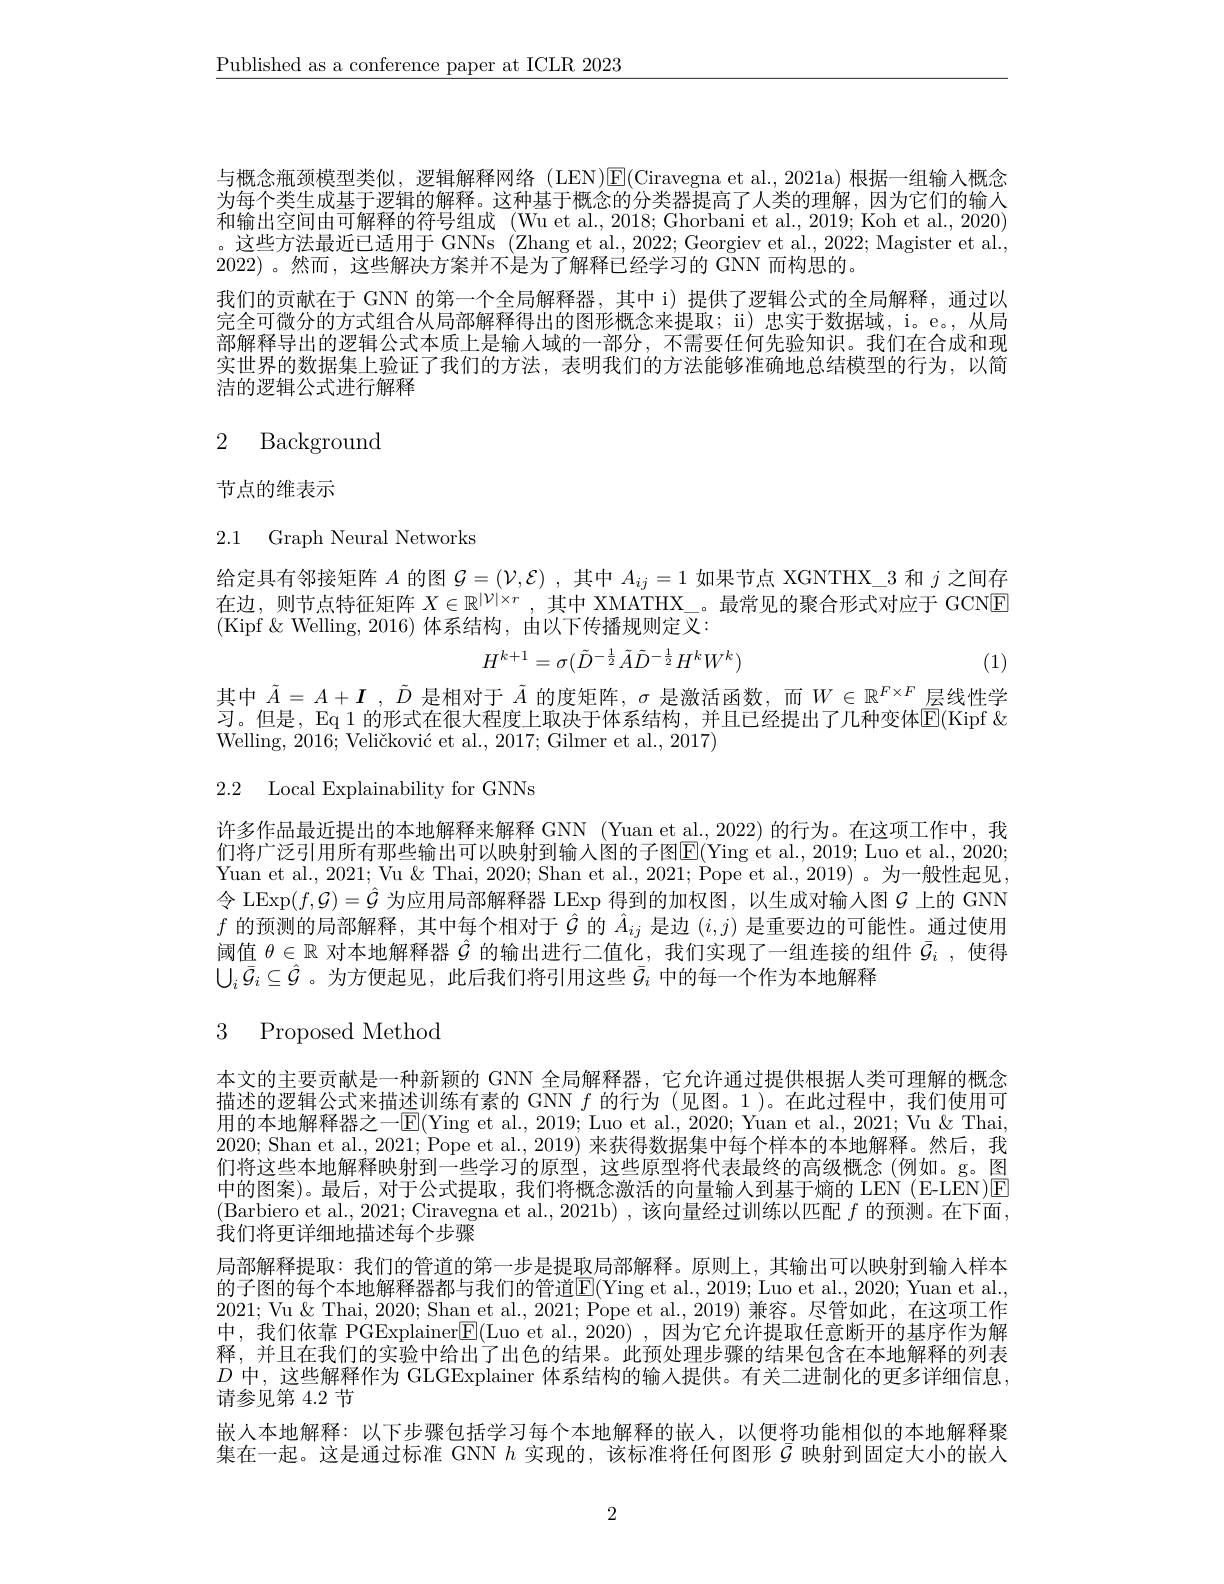
$\underline{\text{Published as a conference paper at ICLR 2023}}$

与概念瓶颈模型类似，逻辑解释网络(LEN)E(Ciravegna et al.,2021a)根据一组输入概念为每个类生成基于逻辑的解释。这种基于概念的分类器提高了人类的理解，因为它们的输入和输出空间由可解释的符号组成 (Wu et al., 2018; Ghorbani et al., 2019; Koh et al., 2020) 。这些方法最近已适用于 GNNs (Zhang et al., 2022; Georgiev et al., 2022; Magister et al., 2022) 。然而，这些解决方案并不是为了解释已经学习的 GNN 而构思的。
我们的贡献在于 GNN 的第一个全局解释器，其中 i) 提供了逻辑公式的全局解释，通过以完全可微分的方式组合从局部解释得出的图形概念来提取；ii) 忠实于数据域，i。e。,从局部解释导出的逻辑公式本质上是输人域的一部分，不需要任何先验知识。我们在合成和现实世界的数据集上验证了我们的方法，表明我们的方法能够准确地总结模型的行为，以简洁的逻辑公式进行解释

# 2 Background

# 节点的维表示

# 2.1 Graph Neural Networks

给定具有邻接矩阵$A$的图$\mathcal{G}=(\mathcal{V},\mathcal{E})$ ,其中$A_ij=1$如果节点 XGNTHX\_3 和$j$之间存在边，则节点特征矩阵$X\in\mathbb{R}^{|\mathcal{V}|\times r}$ ,其中 XMATHX\_。最常见的聚合形式对应于 GCNE (Kipf $\&$ Welling,2016)体系结构，由以下传播规则定义：
$$H^{k+1}=\sigma(\tilde{D}^{-\frac{1}{2}}\tilde{A}\tilde{D}^{-\frac{1}{2}}H^{k}W^{k})$$
(1)

其中$\tilde{A} = A+ \boldsymbol{I}$ $, \tilde{D}$是相对于$\tilde{A}$的度矩阵，$\sigma$是激活函数，而$W\in\mathbb{R}^F\times F$层线性学习。但是，Eq 1 的形式在很大程度上取决于体系结构，并且已经提出了几种变体$\mathbb{E}($Kipf & Welling, 2016; Veličković et al., 2017; Gilmer et al., 2017)

2.2 Local Explainability for GNNs

许多作品最近提出的本地解释来解释 GNN (Yuan et al.,2022) 的行为。在这项工作中，我们将广泛引用所有那些输出可以映射到输入图的子图E(Ying et al., 2019; Luo et al., 2020; Yuan et al., 2021; Vu & Thai, 2020; Shan et al., 2021; Pope et al., 2019) 。为一般性起见， 令 LExp$(f,\mathcal{G})=\hat{\mathcal{G}}$ 为应用局部解释器 LExp 得到的加权图，以生成对输入图$\mathcal{G}$ 上的 GNN $f$的预测的局部解释，其中每个相对于$\hat{\mathcal{G}}$的$\hat{A}_{ij}$是边$(i,j)$是重要边的可能性。通过使用阈值$\theta\in\mathbb{R}$对本地解释器$\hat{\mathcal{G}}$的输出进行二值化，我们实现了一组连接的组件$\bar{\mathcal{G}}_i$ ,使得$\bigcup_i\bar{\mathcal{G}}_i\subseteq\hat{\mathcal{G}}$ 。为方便起见，此后我们将引用这些$\bar{\mathcal{G}}_i$中的每一个作为本地解释

# 3 Proposed Method

本文的主要贡献是一种新颖的 GNN 全局解释器，它允许通过提供根据人类可理解的概念描述的逻辑公式来描述训练有素的 GNN $f$的行为 (见图。1)。在此过程中，我们使用可用的本地解释器之一$\overline{\mathbb{E}}($Ying et al., 2019; Luo et al., 2020; Yuan et al., 2021; Vu & Thai, 2020; Shan et al., 2021; Pope et al., 2019) 来获得数据集中每个样本的本地解释。然后，我们将这些本地解释映射到一些学习的原型，这些原型将代表最终的高级概念 (例如。g。图中的图案)。最后，对于公式提取，我们将概念激活的向量输人到基于熵的 LEN (E-LEN)回(Barbiero et al., 2021; Ciravegna et al., 2021b) , { }该向量经过训练以匹配 $f$ 的预测。在下面， 我们将更详细地描述每个步骤
局部解释提取：我们的管道的第一步是提取局部解释。原则上，其输出可以映射到输入样本的子图的每个本地解释器都与我们的管道$\mathbb{E}($Ying et al., 2019; Luo et al., 2020; Yuan et al., 2021; Vu & Thai, 2020; Shan et al., 2021; Pope et al., 2019) 兼容。尽管如此，在这项工作中，我们依靠 PGExplainer$\mathbb{E}($Luo et al., 20$\hat{20})$ ,因为它允许提取任意断开的基序作为解释，并且在我们的实验中给出了出色的结果。此预处理步骤的结果包含在本地解释的列表$D$中，这些解释作为 GLGExplainer 体系结构的输入提供。有关二进制化的更多详细信息， 请参见第 4.2 节
嵌人本地解释：以下步骤包括学习每个本地解释的嵌入，以便将功能相似的本地解释聚集在一起。这是通过标准 GNN $h$实现的，该标准将任何图形$\bar{G}$映射到固定大小的嵌人

2